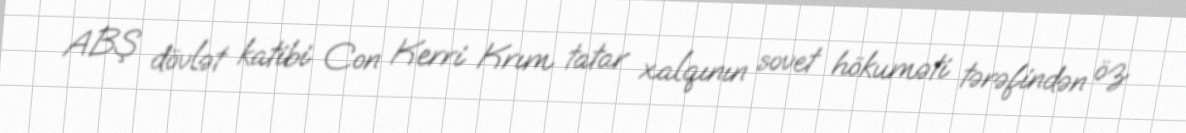
ABŞ dövlət katibi Con Kerri Krım tatar xalqının sovet hökuməti tərəfindən öz